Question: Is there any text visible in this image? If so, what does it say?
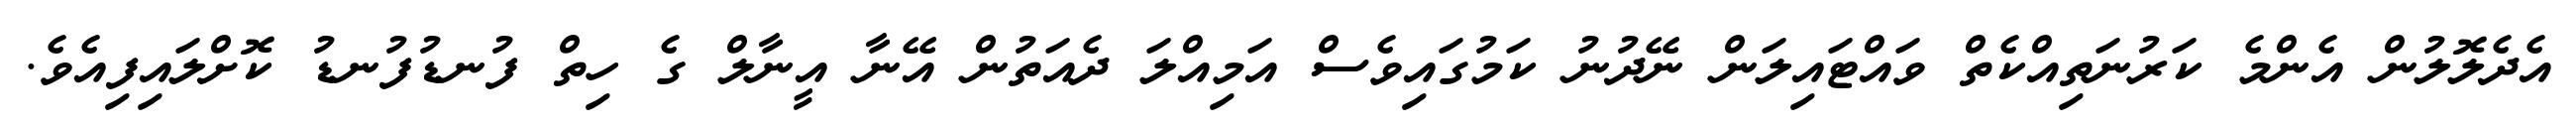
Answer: އެދެލޮލުން އެންމެ ކަރުނަތިއްކެތް ވައްޓައިލަން ނޭދުނު ކަމުގައިވެސް އަމިއްލަ ދެއަތުން އޭނާ އީނާލް ގެ ހިތް ފުނޑުފުނޑު ކޮށްލައިފިއެވެ.